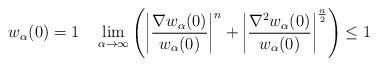
LaTeX: \begin{align*}w_\alpha(0)=1\quad\lim_{\alpha\to\infty}\left( \left\vert\frac{\nabla w_\alpha(0)}{w_\alpha(0)}\right\vert^n+\left\vert\frac{\nabla^2 w_\alpha(0)}{w_\alpha(0)} \right\vert^{\frac{n}{2}}\right) \leq 1\end{align*}